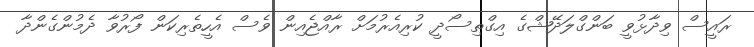
ރައީސް ވިދާޅުވީ ބަންގްލަދޭޝްގެ އިގްތިސޯދީ ކުރިއެރުމަށް ރާއްޖެއިން ވެސް އެހީތެރިކަން ފޯރުވާ ދެމުންގެންދާ